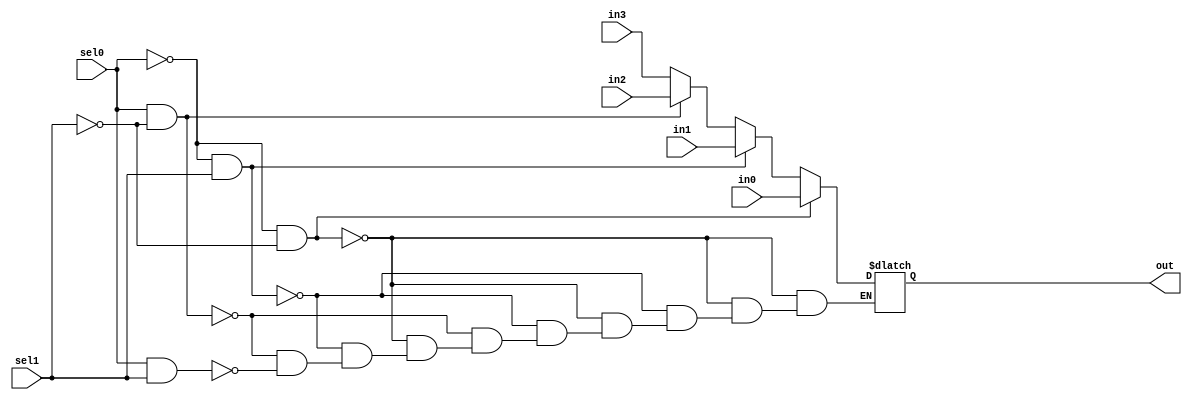
`timescale 1ns / 1ps

module mux_4_1(out,sel1,sel0,in3,in2,in1,in0);
output reg out;
input in3,in2,in1,in0;
input sel1,sel0;
always@(sel1,sel0,in3,in2,in1,in0)
begin
    if(sel0==0 & sel1==0)
        out=in0;
    else if(sel0==0 & sel1==1)
        out=in1;
    else if(sel0==1 & sel1==0)
        out=in2;
    else if(sel0==1 & sel1==1)
        out=in3;
end
endmodule

module d_flip_flop(q,d,clk,reset);
output reg q;
input d,clk,reset;
always@(posedge clk)
if(reset==1'b1)
    q<=1'b0;
else
    q<=d;
endmodule


module usr(in,out,sel,clk,sinr,sinl,reset);
input [3:0]in;
input [1:0]sel;
wire [3:0]w;
input clk;
input sinr,sinl,reset;
output [3:0]out;
mux_4_1 m1(w[0],sel[1],sel[0],in[0],sinl,out[1],out[0]);
mux_4_1 m2(w[1],sel[1],sel[0],in[1],out[0],out[2],out[1]);
mux_4_1 m3(w[2],sel[1],sel[0],in[2],out[1],out[3],out[2]);
mux_4_1 m4(w[3],sel[1],sel[0],in[3],out[2],sinr,out[3]);

d_flip_flop d1(out[0],w[0],clk,reset);
d_flip_flop d2(out[1],w[1],clk,reset);
d_flip_flop d3(out[2],w[2],clk,reset);
d_flip_flop d4(out[3],w[3],clk,reset);
endmodule